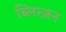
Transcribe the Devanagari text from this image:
ब्लित्ज़न